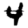
Digit: 4